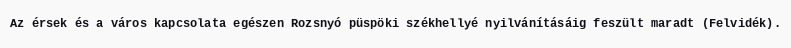
Az érsek és a város kapcsolata egészen Rozsnyó püspöki székhellyé nyilvánításáig feszült maradt (Felvidék).